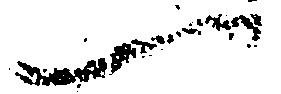
一